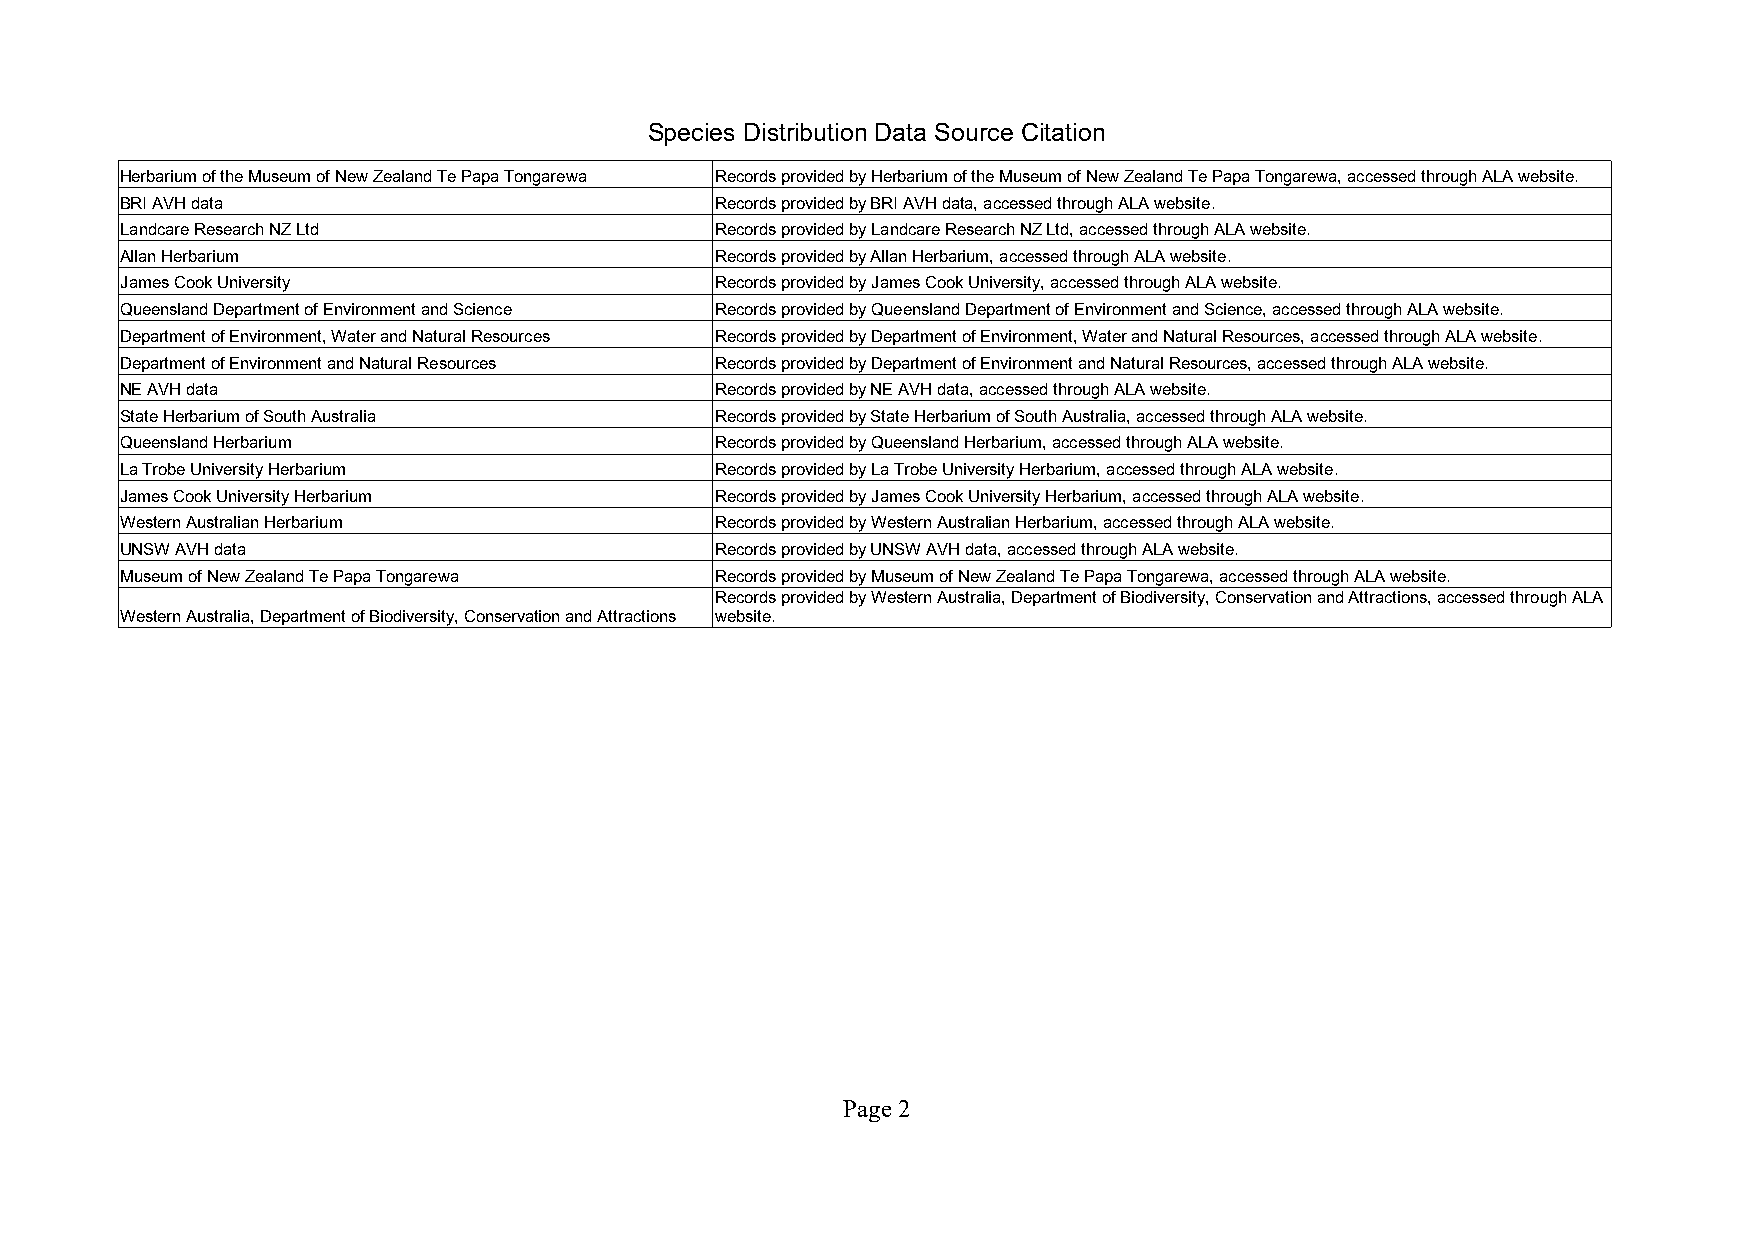
Species Distribution Data Source Citation
 Herbarium of the Museum of New Zealand Te Papa Tongarewa Records provided by Herbarium of the Museum of New Zealand Te Papa Tongarewa, accessed through ALA website.
 BRI AVH data                           Records provided by BRI AVH data, accessed through ALA website.
 Landcare Research NZ Ltd               Records provided by Landcare Research NZ Ltd, accessed through ALA website.
 Allan Herbarium                        Records provided by Allan Herbarium, accessed through ALA website.
 James Cook University                  Records provided by James Cook University, accessed through ALA website.
 Queensland Department of Environment and Science Records provided by Queensland Department of Environment and Science, accessed through ALA website.
 Department of Environment, Water and Natural Resources Records provided by Department of Environment, Water and Natural Resources, accessed through ALA website.
 Department of Environment and Natural Resources Records provided by Department of Environment and Natural Resources, accessed through ALA website.
 NE AVH data                            Records provided by NE AVH data, accessed through ALA website.
 State Herbarium of South Australia     Records provided by State Herbarium of South Australia, accessed through ALA website.
 Queensland Herbarium                   Records provided by Queensland Herbarium, accessed through ALA website.
 La Trobe University Herbarium          Records provided by La Trobe University Herbarium, accessed through ALA website.
 James Cook University Herbarium        Records provided by James Cook University Herbarium, accessed through ALA website.
 Western Australian Herbarium           Records provided by Western Australian Herbarium, accessed through ALA website.
 UNSW AVH data                          Records provided by UNSW AVH data, accessed through ALA website.
 Museum of New Zealand Te Papa Tongarewa Records provided by Museum of New Zealand Te Papa Tongarewa, accessed through ALA website.
 Records provided by Western Australia, Department of Biodiversity, Conservation and Attractions, accessed through ALA
 Western Australia, Department of Biodiversity, Conservation and Attractions website.
 Page 2